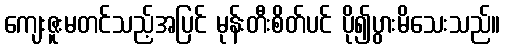
ကျေးဇူးမတင်သည့်အပြင် မုန်းတီးစိတ်ပင် ပို၍ပွားမိသေးသည်။